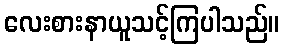
လေးစားနာယူသင့်ကြပါသည်။